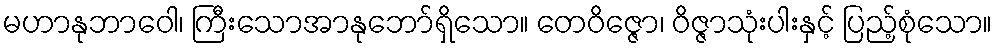
မဟာနုဘာဝေါ၊ ကြီးသောအာနုဘော်ရှိသော။ တေဝိဇ္ဇော၊ ဝိဇ္ဇာသုံးပါးနှင့် ပြည့်စုံသော။